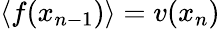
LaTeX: \left\langle f(x_{n-1})\right\rangle=v(x_{n})